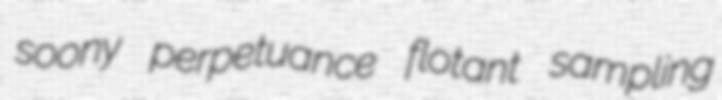
soony perpetuance flotant sampling